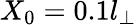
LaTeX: X_{0}=0.1l_{\perp}